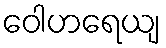
ဝေါဟရေယျ